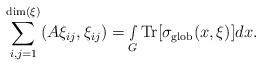
\begin{align*} \sum_{i,j=1}^{\textnormal{dim}(\xi)}(A\xi_{ij},\xi_{ij}) =\smallint\limits_{G}\textnormal{Tr}[\sigma_{\textnormal{glob}}(x,\xi)]dx.\end{align*}